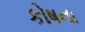
કોષના